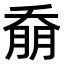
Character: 𭑚